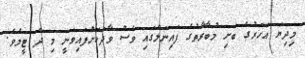
މިދިޔަ އަހަރުގެ ބަށި މުބާރާތުގެ ފައިނަލްގައި ވެސް ވާދަކޮށްފައިވަނީ މި ދެ ޓީމެވެ.